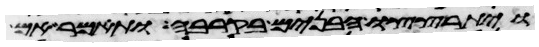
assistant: ויתרצצו הבנים בקרבה ותאמר אם